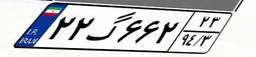
۲۲گ۶۶۲۲۳